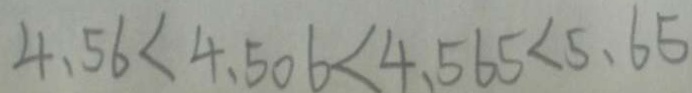
4 . 5 6 < 4 . 5 0 6 < 4 . 5 6 5 < 5 . 6 5